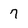
Character: 7